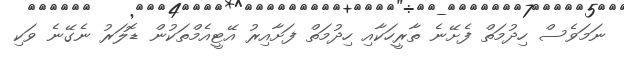
ނަމަވެސް ހިިދުމަތް ފެށޭނެ ތާރީހަކާއި ހިދުމަތް ފަށާއިރު އޭޓީއެމްތަކުން ޑޮލަރު ނެގޭނެ ވަކި